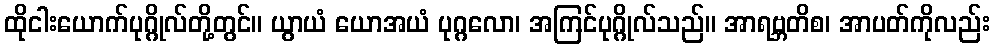
ထိုငါးယောက်ပုဂ္ဂိုလ်တို့တွင်။ ယွာယံ ယောအယံ ပုဂ္ဂလော၊ အကြင်ပုဂ္ဂိုလ်သည်။ အာရဗ္ဘတိစ၊ အာပတ်ကိုလည်း